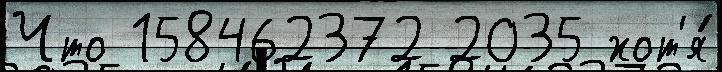
Что 158462372 2035 хот'я́